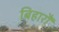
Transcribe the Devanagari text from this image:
बिहारौं